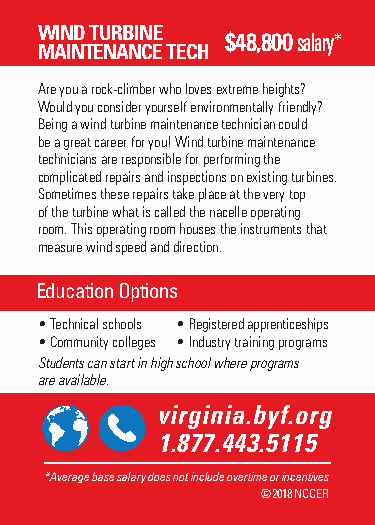
WIND TURBINE
 $48,800 salary*
 MAINTENANCE TECH
 Are you a rock-climber who loves extreme heights?
 Would you consider yourself environmentally friendly?
 Being a wind turbine maintenance technician could
 be a great career for you! Wind turbine maintenance
 technicians are responsible for performing the
 complicated repairs and inspections on existing turbines.
 Sometimes these repairs take place at the very top
 of the turbine what is called the nacelle operating
 room. This operating room houses the instruments that
 measure wind speed and direction.
 Education Options
 • Technical schools • Registered apprenticeships
 • Community colleges • Industry training programs
 Students can start in high school where programs
 are available.
 @viBrugiildnYioau.brFyuft.uorreg
 B1u.i8ld7Y7o.u4r4Fu3t.u5r1e.1o5rg
 **AAvveeraraggee b baassee s saalalaryry d dooeess n noot ti ninccluluddee o ovveertritmimee o or ri nincceenntitviveess
 ©©22001178 N NCCCCEERR